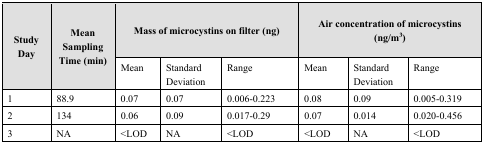
| <ROWSPAN=2> Study Day | <ROWSPAN=2> Mean Sampling Time (min) | <COLSPAN=3> Mass of microcystins on filter (ng) | <COLSPAN=3> Air concentration of microcystins (ng/m3) |
 | Mean | Standard Deviation | Range | Mean | Standard Deviation | Range |
 | --- | --- | --- | --- | --- | --- | --- | --- |
 | 1 | 88.9 | 0.07 | 0.07 | 0.006–0.223 | 0.08 | 0.09 | 0.005–0.319 |
 | 2 | 134 | 0.06 | 0.09 | 0.017–0.29 | 0.07 | 0.014 | 0.020–0.456 |
 | 3 | NA | <LOD | NA | <LOD | <LOD | NA | <LOD |